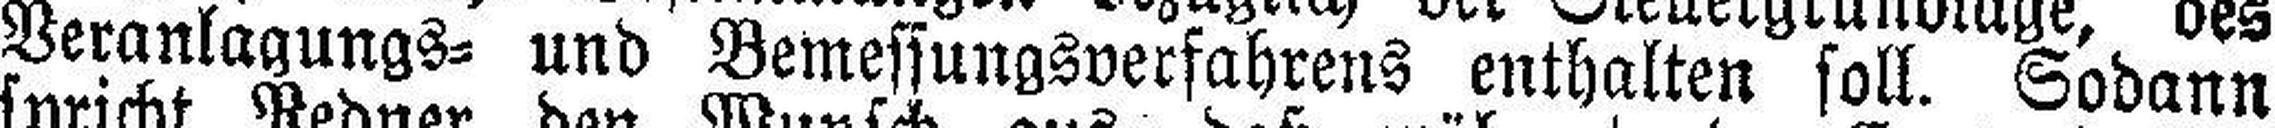
Veranlagungs= und Bemessungsverfahrens enthalten soll. Sodann